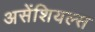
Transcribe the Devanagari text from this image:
असेंशियल्स